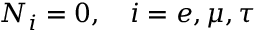
N _ { i } = 0 , \quad i = e , \mu , \tau